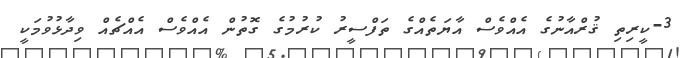
3-ކީރިތި ޤުރްއާނުގެ އެއްވެސް އާޔަތެއްގެ ތަފްސީރު ކުރުމުގެ ގޮތުން އެއްވެސް އެއްޗެއް ވިދާޅުވުމަކީ